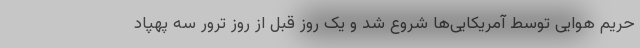
حریم هوایی توسط آمریکایی‌ها شروع شد و یک روز قبل از روز ترور سه پهپاد